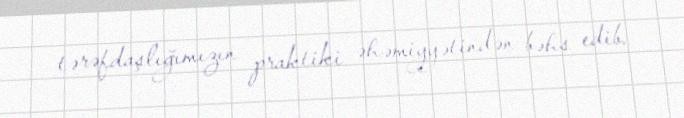
tərəfdaşlığımızın praktiki əhəmiyyətindən bəhs edib.